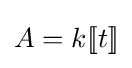
A=k[\![t]\!]